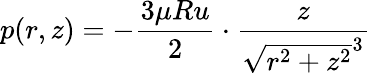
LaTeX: p(r,z)=-{\frac{3\mu Ru}{2}}\cdot{\frac{z}{{\sqrt{r^{2}+z^{2}}}^{3}}}